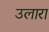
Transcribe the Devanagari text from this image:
उलारा